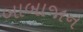
બાબાજાન